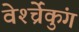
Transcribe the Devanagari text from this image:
वेर्श्च्रेंकुंग